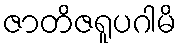
ဇာတိဇရူပဂါမိ